Vaccination North-Western Provinces 1866-1877 - 1866-1877
Year: 1866
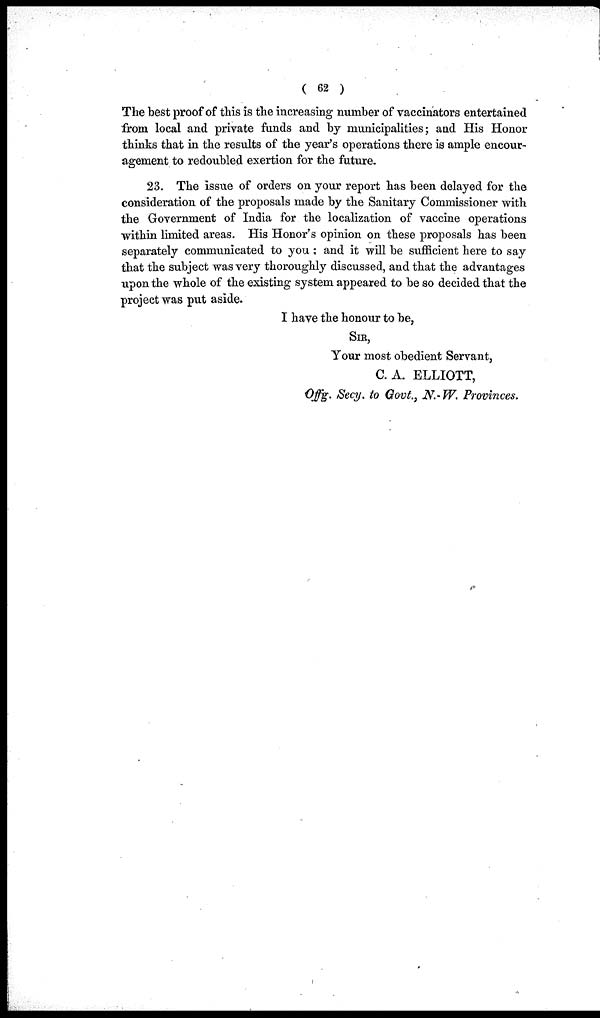
( 62 )
The best proof of this is the increasing number of vaccinators entertained
from local and private funds and by municipalities; and His Honor
thinks that in the results of the year's operations there is ample encour-
agement to redoubled exertion for the future.
23. The issue of orders on your report has been delayed for the
consideration of the proposals made by the Sanitary Commissioner with
the Government of India for the localization of vaccine operations
within limited areas. His Honor's opinion on these proposals has been
separately communicated to you ; and it will be sufficient here to say
that the subject was very thoroughly discussed, and that the advantages
upon the whole of the existing system appeared to be so decided that the
project was put aside.
I have the honour to be,
SIR,
Your most obedient Servant,
C. A. ELLIOTT,
Offg. Secy. to Govt., N.-W. Provinces.